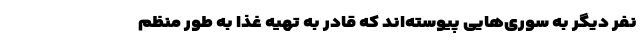
نفر دیگر به سوری‌هایی پیوسته‌اند که قادر به تهیه غذا به طور منظم